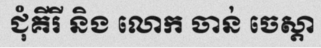
ជុំគីរី និង លោក ចាន់ ចេស្តា